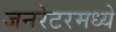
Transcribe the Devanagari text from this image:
जनरेटरमध्ये